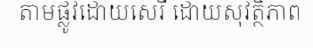
តាមផ្លូវដោយសេរី ដោយសុវត្ថិភាព